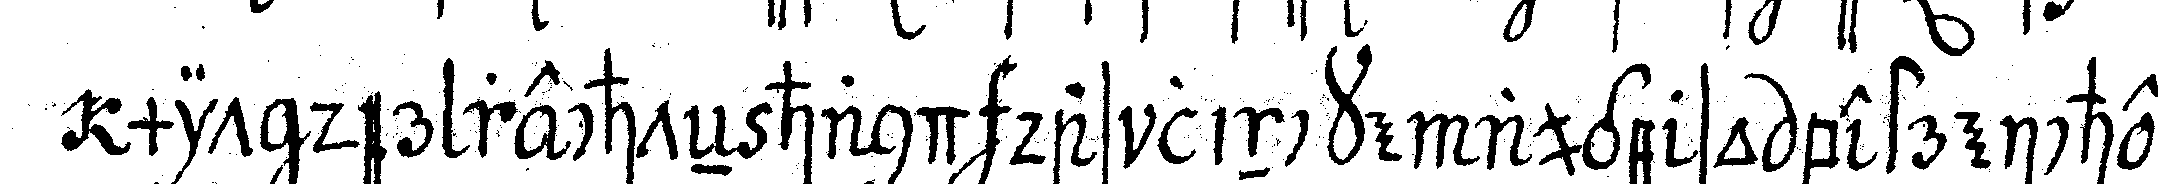
mit der rechteN hand das lincke auge so bestreiche